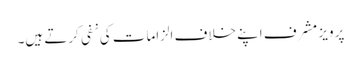
پرویز مشرف اپنے خلاف الزامات کی نفی کرتے ہیں۔